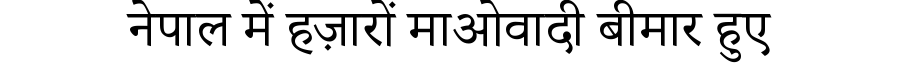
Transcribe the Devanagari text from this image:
नेपाल में हज़ारों माओवादी बीमार हुए